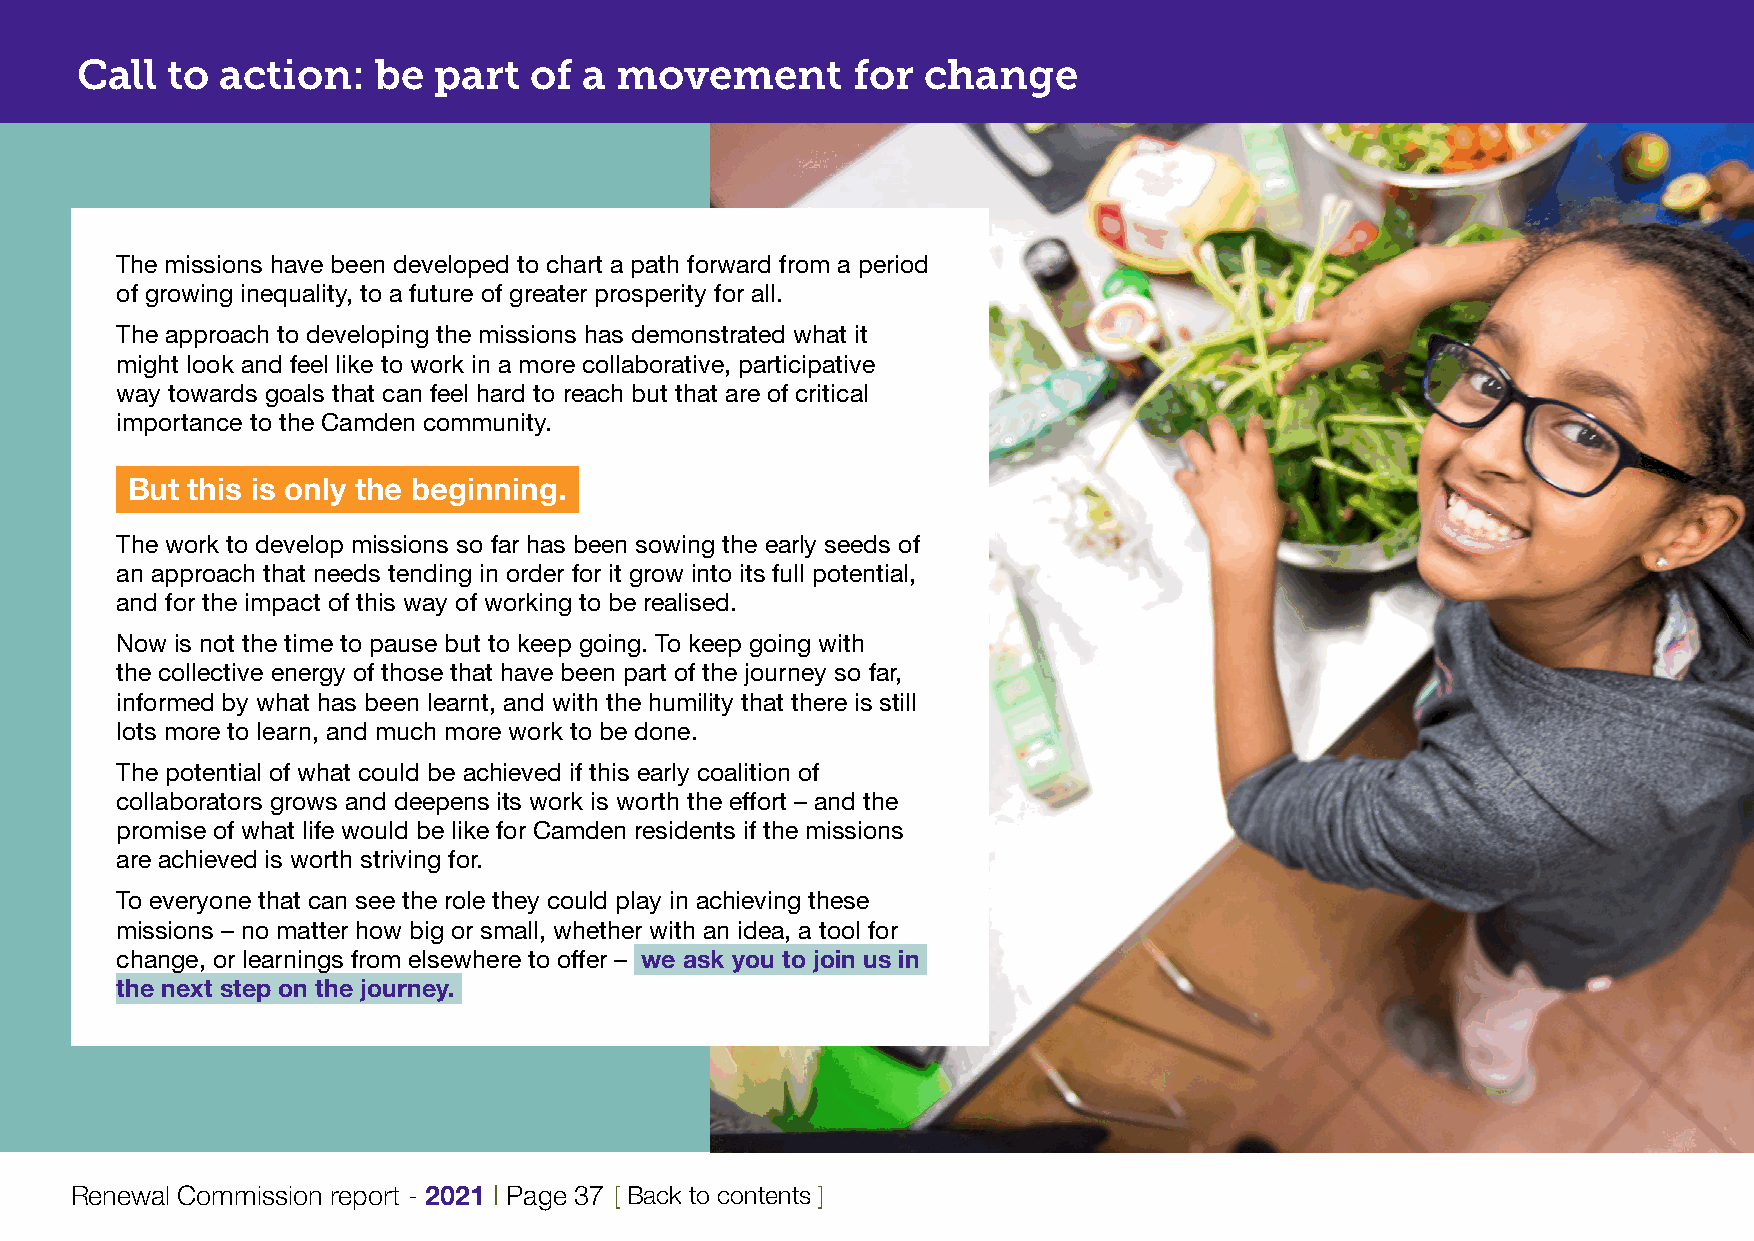
Call  to  action:   be  part  of  a movement       for  change
 The missions have been developed to chart a path forward from a period
 of growing inequality, to a future of greater prosperity for all.
 The approach to developing the missions has demonstrated what it
 might look and feel like to work in a more collaborative, participative
 way towards goals that can feel hard to reach but that are of critical
 importance to the Camden community.
 But this is only the beginning.
 The work to develop missions so far has been sowing the early seeds of
 an approach that needs tending in order for it grow into its full potential,
 and for the impact of this way of working to be realised.
 Now is not the time to pause but to keep going. To keep going with
 the collective energy of those that have been part of the journey so far,
 informed by what has been learnt, and with the humility that there is still
 lots more to learn, and much more work to be done.
 The potential of what could be achieved if this early coalition of
 collaborators grows and deepens its work is worth the effort – and the
 promise of what life would be like for Camden residents if the missions
 are achieved is worth striving for.
 To everyone that can see the role they could play in achieving these
 missions – no matter how big or small, whether with an idea, a tool for
 change, or learnings from elsewhere to offer – we ask you to join us in
 the next step on the journey.
 Renewal Commission report - 2021 | Page 37 [ Back to contents ]